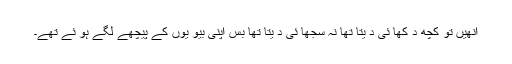
انھیں تو کچھ د کھا ئی د یتا تھا نہ سجھا ئی د یتا تھا بس اپنی بیو یوں کے پیچھے لگے ہو ئے تھے۔